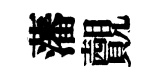
藩覿